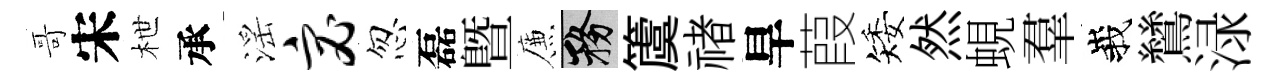
哥宋枻承滛宓忽磊暨簾務𥵂禇旱葭矮然蜆羣峩鷥渌